65_HS1-834228961_62-HQ-83894_SUB_A
Agency: FBI
Page 111
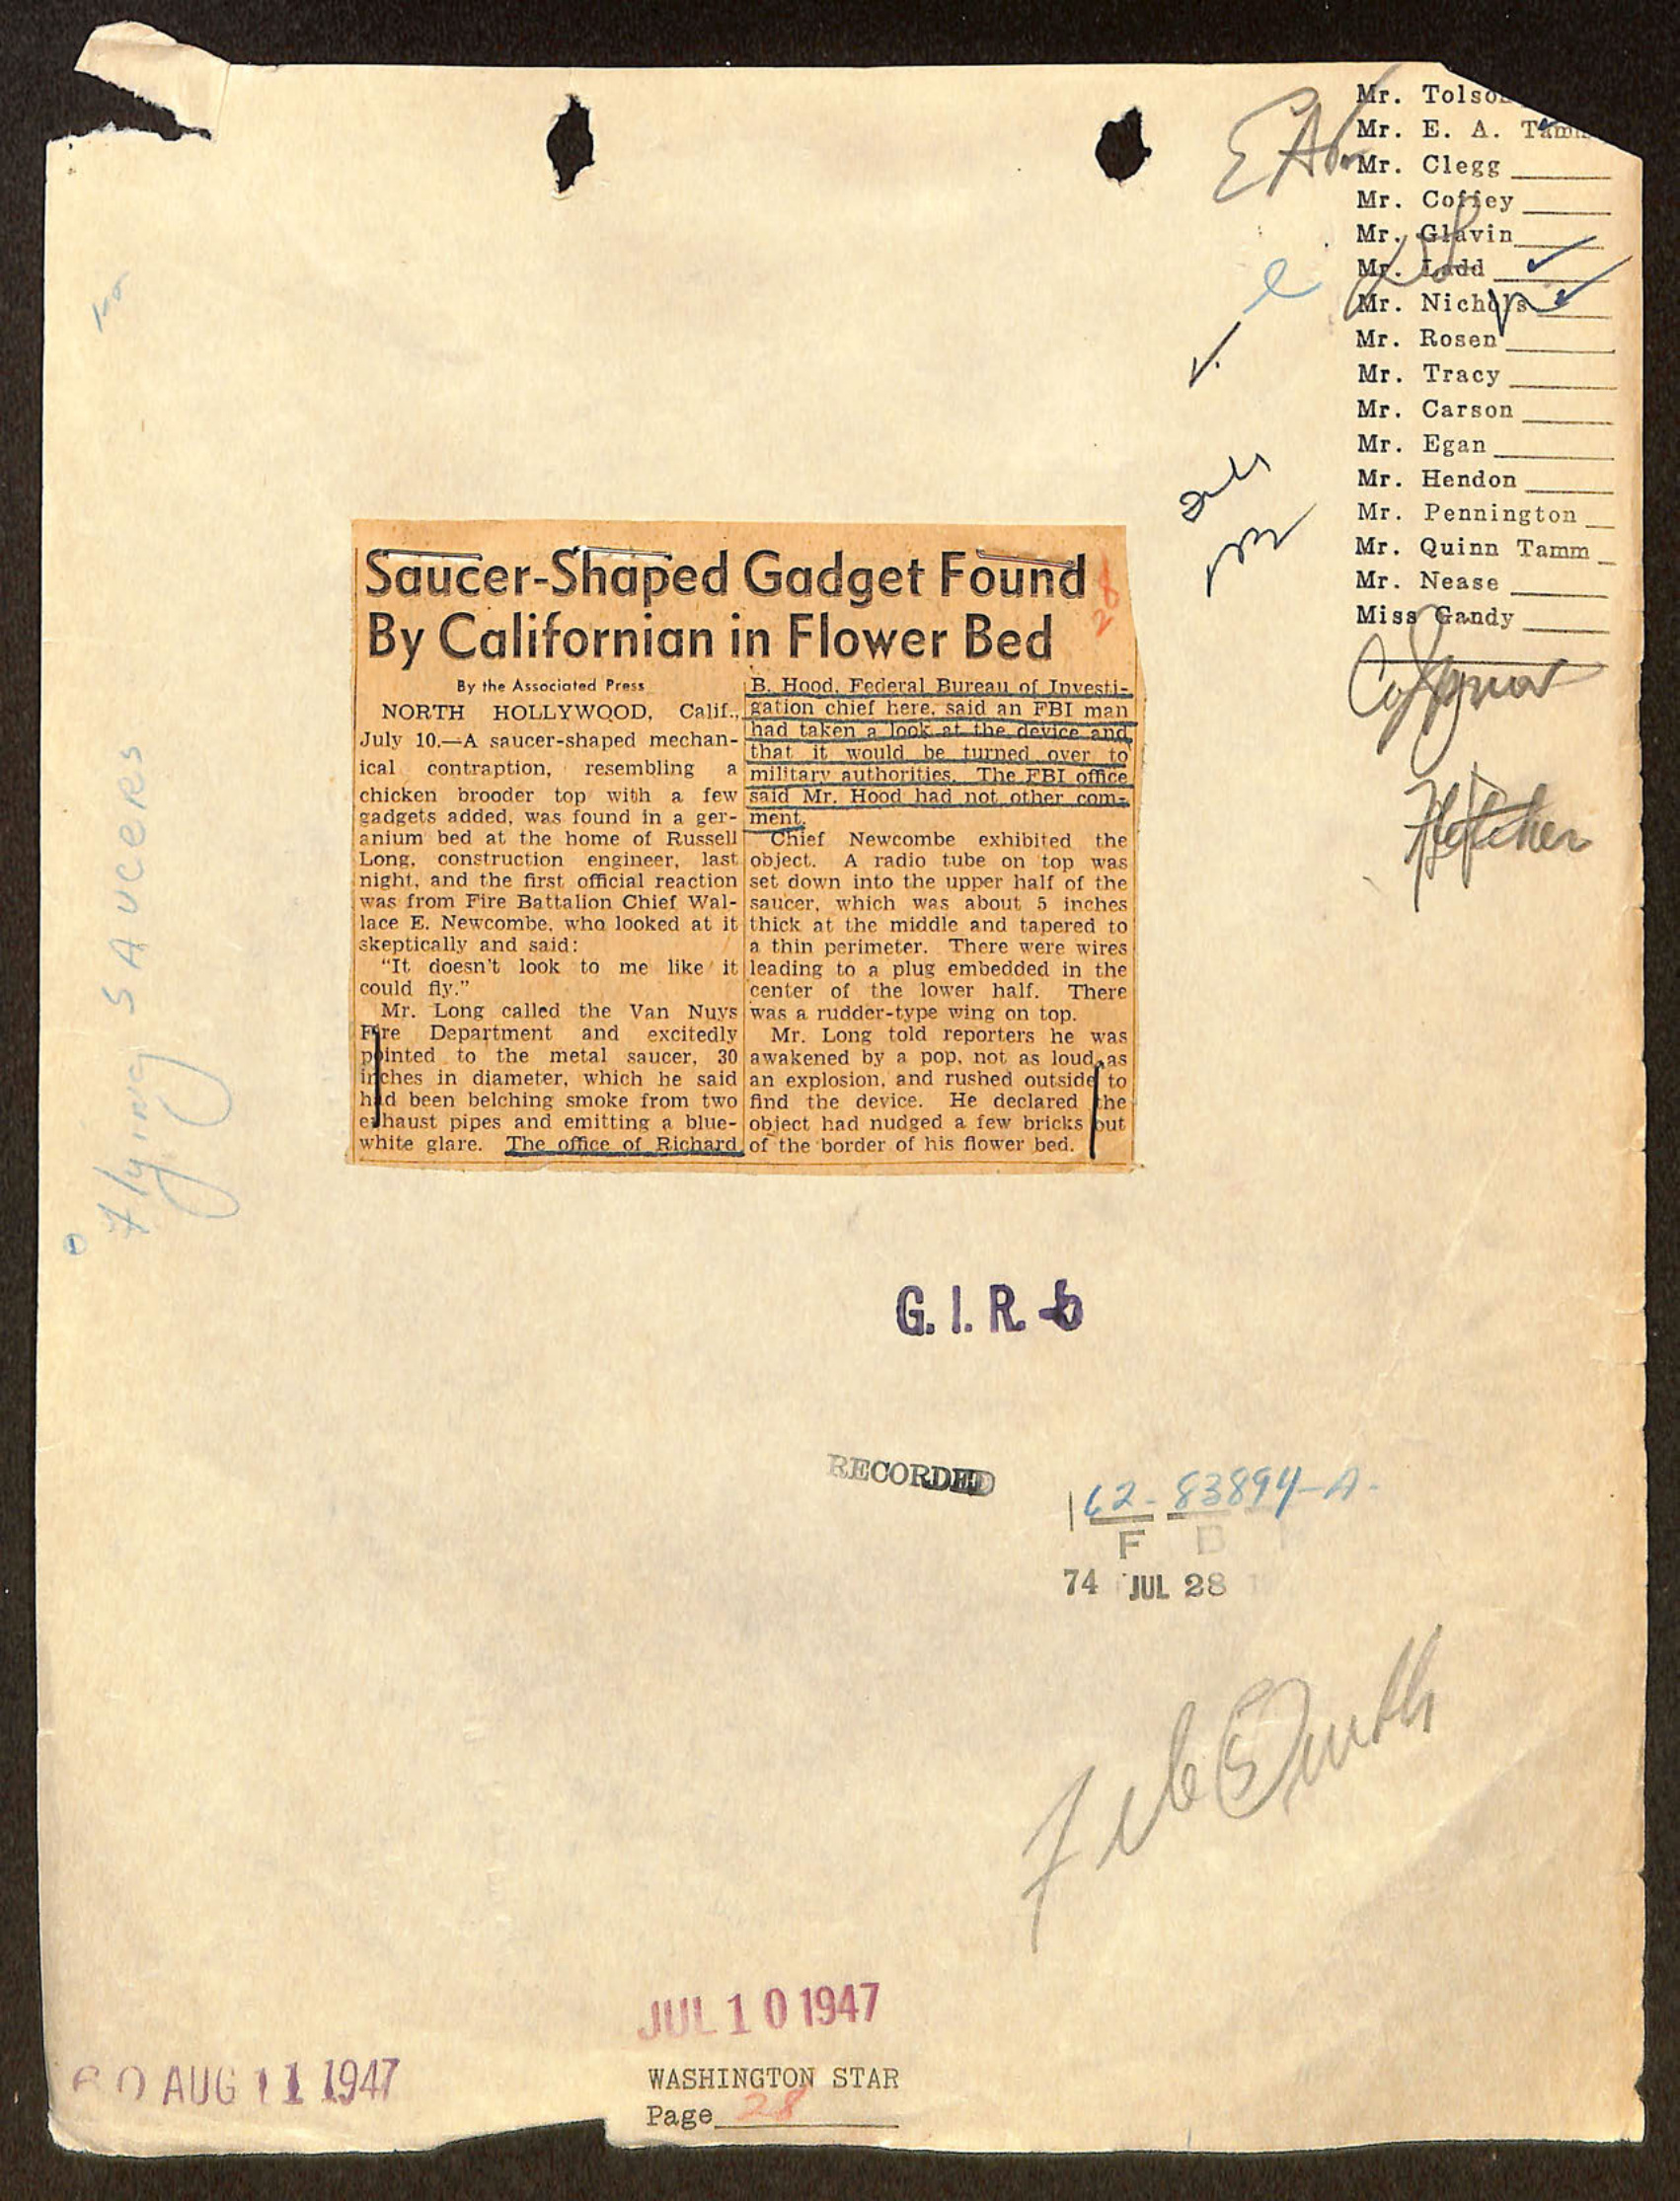